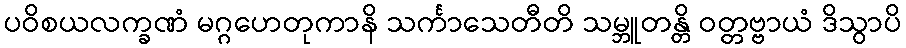
ပဝိစယလက္ခဏံ မဂ္ဂဟေတုကာနိ သင်္ကာသေတီတိ သမ္ဘူတန္တိ ဝတ္တဗ္ဗာယံ ဒိသွာပိ